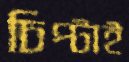
চিপ্‌টাই